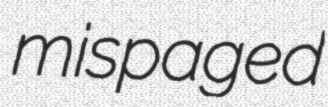
mispaged